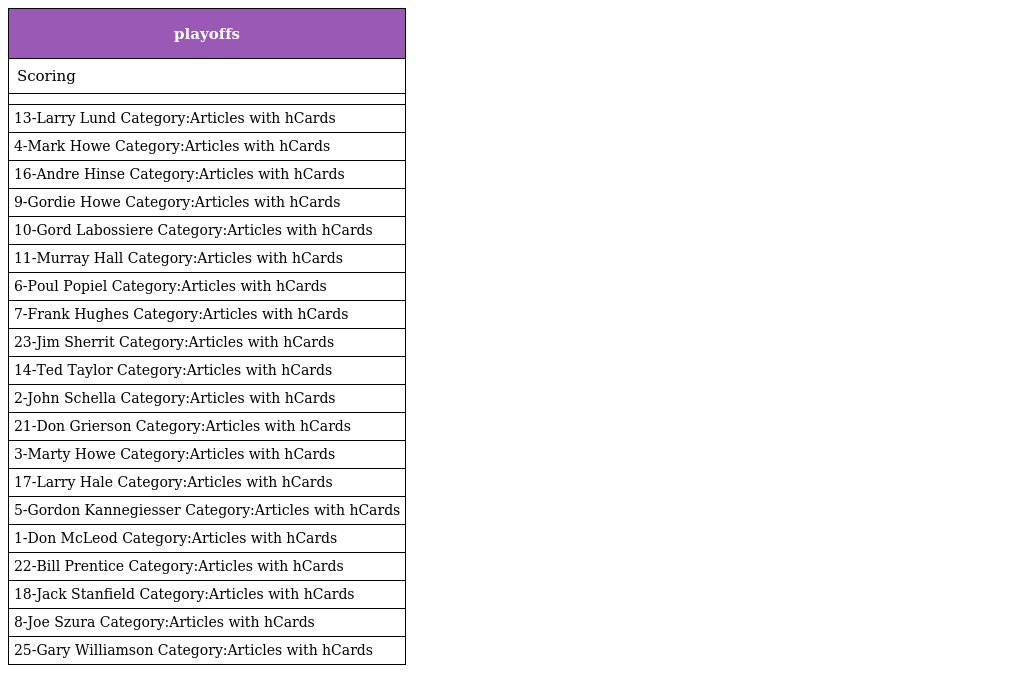
| playoffs |
 | --- |
 | Scoring |
 |  |
 | 13-Larry Lund Category:Articles with hCards |
 | 4-Mark Howe Category:Articles with hCards |
 | 16-Andre Hinse Category:Articles with hCards |
 | 9-Gordie Howe Category:Articles with hCards |
 | 10-Gord Labossiere Category:Articles with hCards |
 | 11-Murray Hall Category:Articles with hCards |
 | 6-Poul Popiel Category:Articles with hCards |
 | 7-Frank Hughes Category:Articles with hCards |
 | 23-Jim Sherrit Category:Articles with hCards |
 | 14-Ted Taylor Category:Articles with hCards |
 | 2-John Schella Category:Articles with hCards |
 | 21-Don Grierson Category:Articles with hCards |
 | 3-Marty Howe Category:Articles with hCards |
 | 17-Larry Hale Category:Articles with hCards |
 | 5-Gordon Kannegiesser Category:Articles with hCards |
 | 1-Don McLeod Category:Articles with hCards |
 | 22-Bill Prentice Category:Articles with hCards |
 | 18-Jack Stanfield Category:Articles with hCards |
 | 8-Joe Szura Category:Articles with hCards |
 | 25-Gary Williamson Category:Articles with hCards |